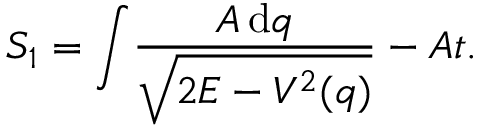
S _ { 1 } = \int \! \frac { A \, \mathrm { d } q } { \sqrt { 2 E - V ^ { 2 } ( q ) } } - A t .